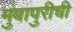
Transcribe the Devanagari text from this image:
मुंबापुरीची